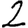
Digit: 2